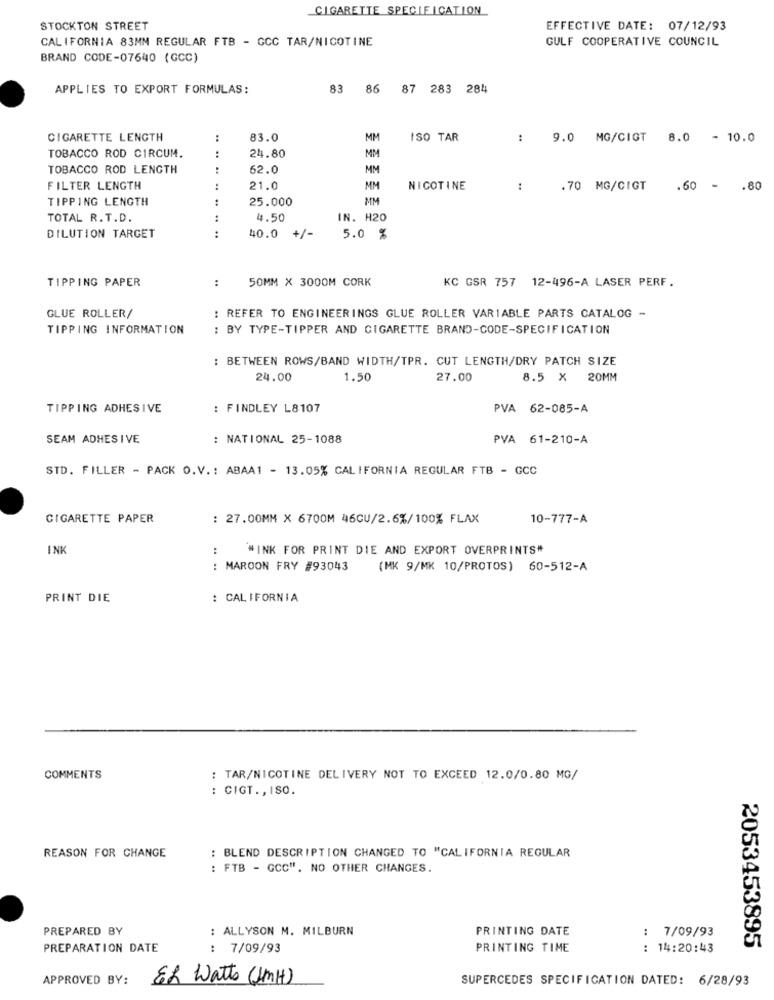
CIGARETTE SPECIFICATION
STOCKTON STREET
EFFECTIVE DATE: 07/12/93
CALIFORNIA 83MM REGULAR FTB - GCC TAR/NICOTINE
GULF COOPERATIVE COUNCIL
BRAND CODE-07640 (GCC)
APPLIES TO EXPORT FORMULAS:
3 86 87 283 284
CIGARETTE LENGTH
:
83.0
MM
ISO TAR
:
9.0 MG/CIGT
8.0 - 10.0
:
24.80
TOBACCO ROD CIRCUM.
MM
TOBACCO ROD LENGTH
62.0
MM
FILTER LENGTH
21.0
MM
NICOTINE
:
.70 MG/CIGT
.60 - . 80
TIPPING LENGTH
25.000
MM
TOTAL R.T.D.
4.50
IN. H20
DILUTION TARGET
:
40.0
+/-
5.0 %
TIPPING PAPER
:
50MM X 3000M CORK
KC GSR 757 12-496-A LASER PERF.
GLUE ROLLER/
: REFER TO ENGINEERINGS GLUE ROLLER VARIABLE PARTS CATALOG -
TIPPING INFORMATION
: BY TYPE-TIPPER AND CIGARETTE BRAND-CODE-SPECIFICATION
: BETWEEN ROWS/BAND WIDTH/TPR. CUT LENGTH/DRY PATCH SIZE
24.00
1.50
27.00
8.5 X
20MM
TIPPING ADHESIVE
: FINDLEY L8107
PVA 62-085-A
SEAM ADHESIVE
: NATIONAL 25-1088
PVA 61-210-A
STD. FILLER - PACK O.V .: ABAA1 - 13.05% CALIFORNIA REGULAR FTB - GCC
CIGARETTE PAPER
: 27.00MM X 6700M 46CU/2.6%/100% FLAX
10-777-A
INK
:
"INK FOR PRINT DIE AND EXPORT OVERPRINTS"
MAROON FRY #93043
..
(MK 9/MK 10/PROTOS) 60-512-A
PRINT DIE
: CALIFORNIA
COMMENTS
: TAR/NICOTINE DELIVERY NOT TO EXCEED 12.0/0.80 MG/
: CIGT ., ISO.
REASON FOR CHANGE
: BLEND DESCRIPTION CHANGED TO "CALIFORNIA REGULAR
: FTB - GCC". NO OTHER CHANGES.
PREPARED BY
: ALLYSON M. MILBURN
PRINTING DATE
: 7/09/93
2053453895
PREPARATION DATE
: 7/09/93
PRINTING TIME
: 14:20:43
APPROVED BY:
82 Watts (1MH)
SUPERCEDES SPECIFICATION DATED: 6/28/93